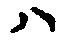
ハ